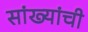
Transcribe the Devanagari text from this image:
सांख्यांची